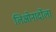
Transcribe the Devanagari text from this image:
लिओनार्दोला